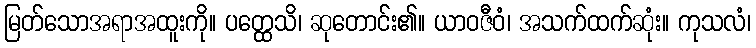
မြတ်သောအရာအထူးကို။ ပတ္ထေသိ၊ ဆုတောင်း၏။ ယာဝဇီဝံ၊ အသက်ထက်ဆုံး။ ကုသလံ၊